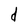
Character: d